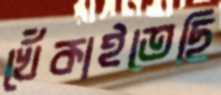
খেঁকাইতেছি